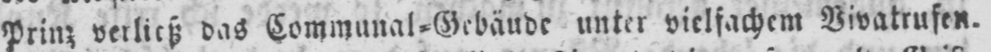
Prinz verließ das Communal⸗Gebäude unter vielfachem Vivatrufen.